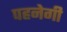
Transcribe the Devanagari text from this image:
पहनेगी